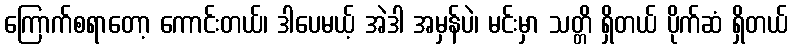
ကြောက်စရာတော့ ကောင်းတယ်၊ ဒါပေမယ့် အဲဒါ အမှန်ပဲ၊ မင်းမှာ သတ္တိ ရှိတယ် ပိုက်ဆံ ရှိတယ်